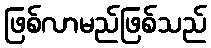
ဖြစ်လာမည်ဖြစ်သည်